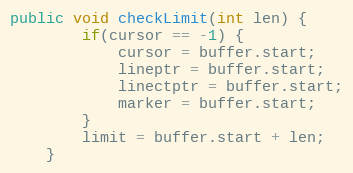
Language: Java
public void checkLimit(int len) {
        if(cursor == -1) {
            cursor = buffer.start;
            lineptr = buffer.start;
            linectptr = buffer.start;
            marker = buffer.start;
        }
        limit = buffer.start + len;
    }